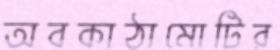
অবকাঠামোটির